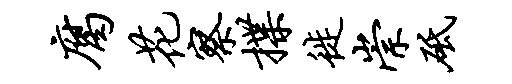
腐花察揲徙崇砥